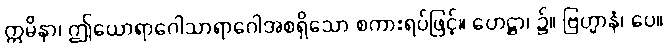
ဣမိနာ၊ ဤယောရာဂေါသာရာဂေါအစရှိသော စကားရပ်ဖြင့်။ ဟေဋ္ဌာ၊ ၌။ ဗြဟ္မာနံ၊ ပေ။